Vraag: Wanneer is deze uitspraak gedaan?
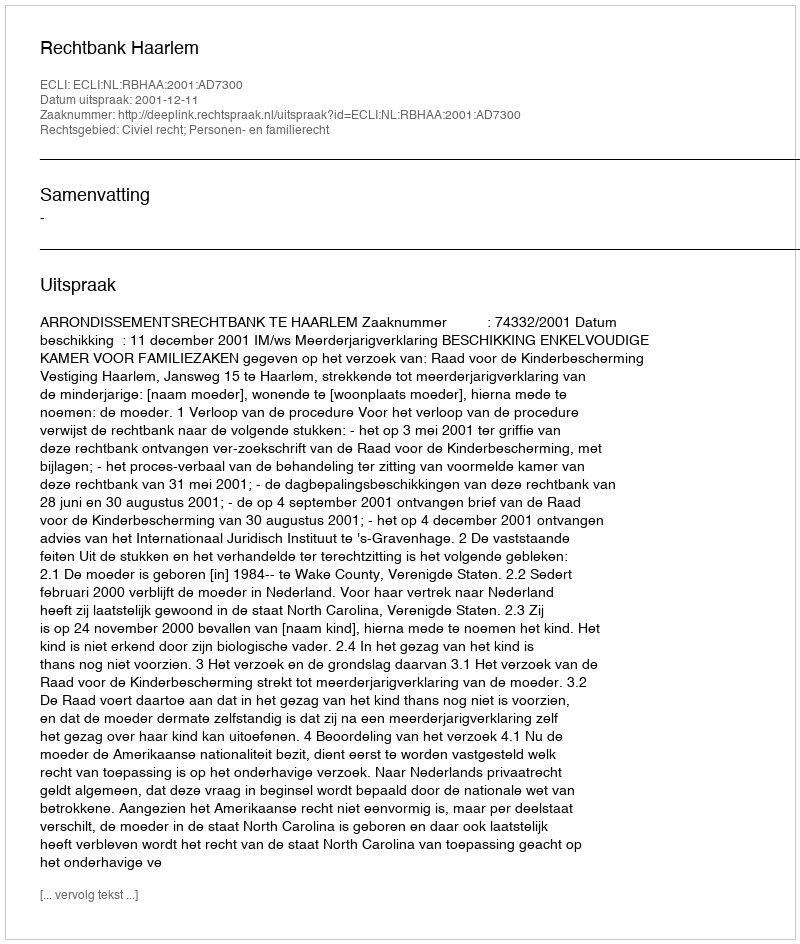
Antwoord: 2001-12-11